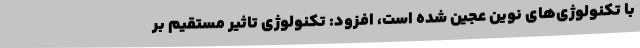
با تکنولوژی‌های نوین عجین شده است، افزود: تکنولوژی تاثیر مستقیم بر